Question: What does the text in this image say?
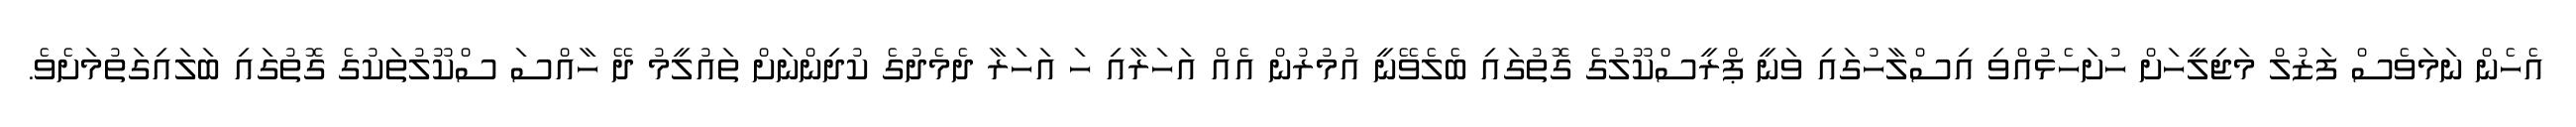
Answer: އެހެން ނަމަވެސް ފަޒުލް މަޖިލީހަށް ހުށަހެޅުއްވި އިސްލާހުގައި ވަނީ ޕްރީސްކޫލުގެ ގޮތުގައި ބެލެވޭނީ އުމުރުން އެއް އަހަރާއި ހަ އަހަރާ ދެމެދުގެ ކުދިންނަށް ތައުލީމު ދޭ ހާއްސަ ސްކޫލުތަކުގެ ގޮތުގައި ބަލައިގަތުމަށެވެ.